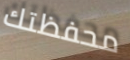
محفظتك